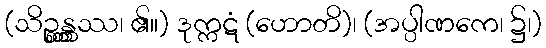
(သိဉ္စန္တ္တဿ၊ ၏။) ဒုက္ကဋံ (ဟောတိ)၊ (အပ္ပါဏကေ၊ ၌၊)